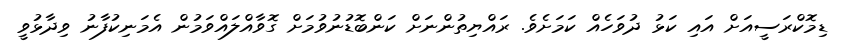
ޑިމޮކްރަސީއަށް އައި ކަޅު ދުވަހެއް ކަމަށެވެ. ރައްޔިތުންނަށް ކަންބޮޑުނުވުމަށް ގޮވާއްލައްވަމުން އެމަނިކުފާނު ވިދާޅުވީ